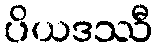
ပိယဒဿီ